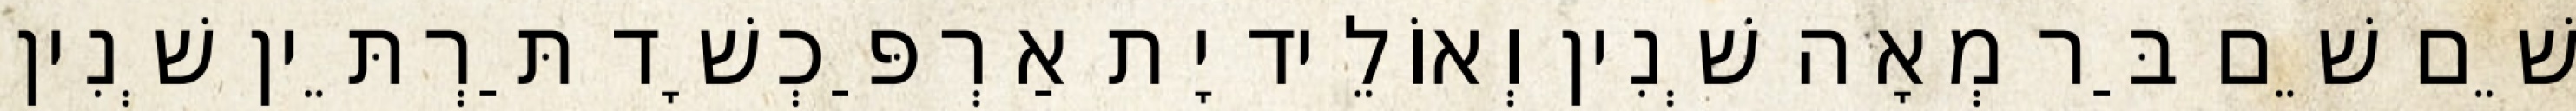
שֵׁם שֵׁם בַּר מְאָה שְׁנִין וְאוֹלֵיד יָת אַרְפַּכְשָׁד תַּרְתֵּין שְׁנִין